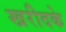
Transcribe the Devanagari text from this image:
खरीदके